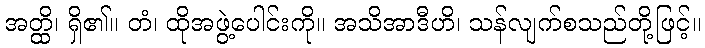
အတ္ထိ၊ ရှိ၏။ တံ၊ ထိုအဖွဲ့ပေါင်းကို။ အသိအာဒီဟိ၊ သန်လျက်စသည်တို့ဖြင့်။